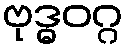
ဗုဒ္ဓဝဂ္ဂ